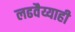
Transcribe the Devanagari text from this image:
लढवैय्याही